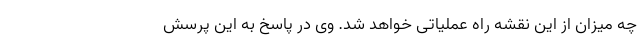
چه میزان از این نقشه راه عملیاتی خواهد شد. وی در پاسخ به این پرسش